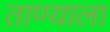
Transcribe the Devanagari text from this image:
ताण्याला